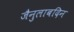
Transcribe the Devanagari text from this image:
जैनुलाबदिन